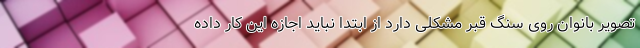
تصویر بانوان روی سنگ قبر مشکلی دارد از ابتدا نباید اجازه این کار داده